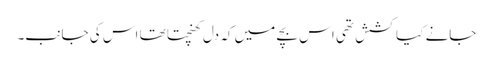
جانے کیا کشش تھی اس بچے میں کہ دل کھنچتا تھا اس کی جانب۔